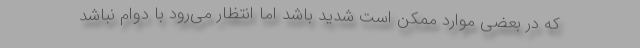
که در بعضی موارد ممکن است شدید باشد اما انتظار می‌رود با دوام نباشد